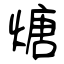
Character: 煻